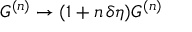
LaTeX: G ^ { ( n ) } \to ( 1 + n \, \delta \eta ) G ^ { ( n ) }